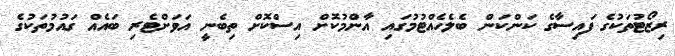
ރިޒޯޓުތަކުގެ ފައިސާގެ ކަންކަން ބެލެހެއްޓުމުގައި އާންމުކޮށް އިސްކޮށް ތިބެނީ އަވަށްޓެރި ބައެއް ގައުމުތަކުގެ